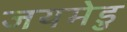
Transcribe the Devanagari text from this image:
जयमेडु